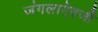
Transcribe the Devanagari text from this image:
जंगलाऐवजी